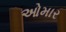
ઓમાર